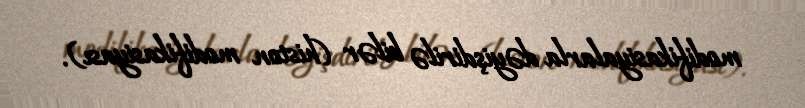
modifikasiyalarla dəyişdirilə bilər (histon modifikasiyası).